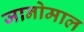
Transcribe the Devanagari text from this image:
जानोमाल